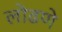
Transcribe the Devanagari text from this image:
लोढणे